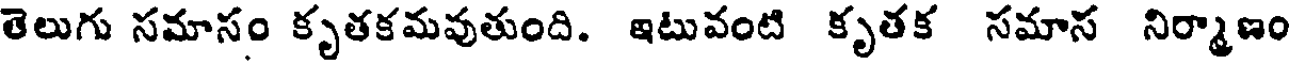
తెలుగు సమాసం కృతకమవుతుంది. ఇటువంటి కృతక సమాస నిర్మాణం